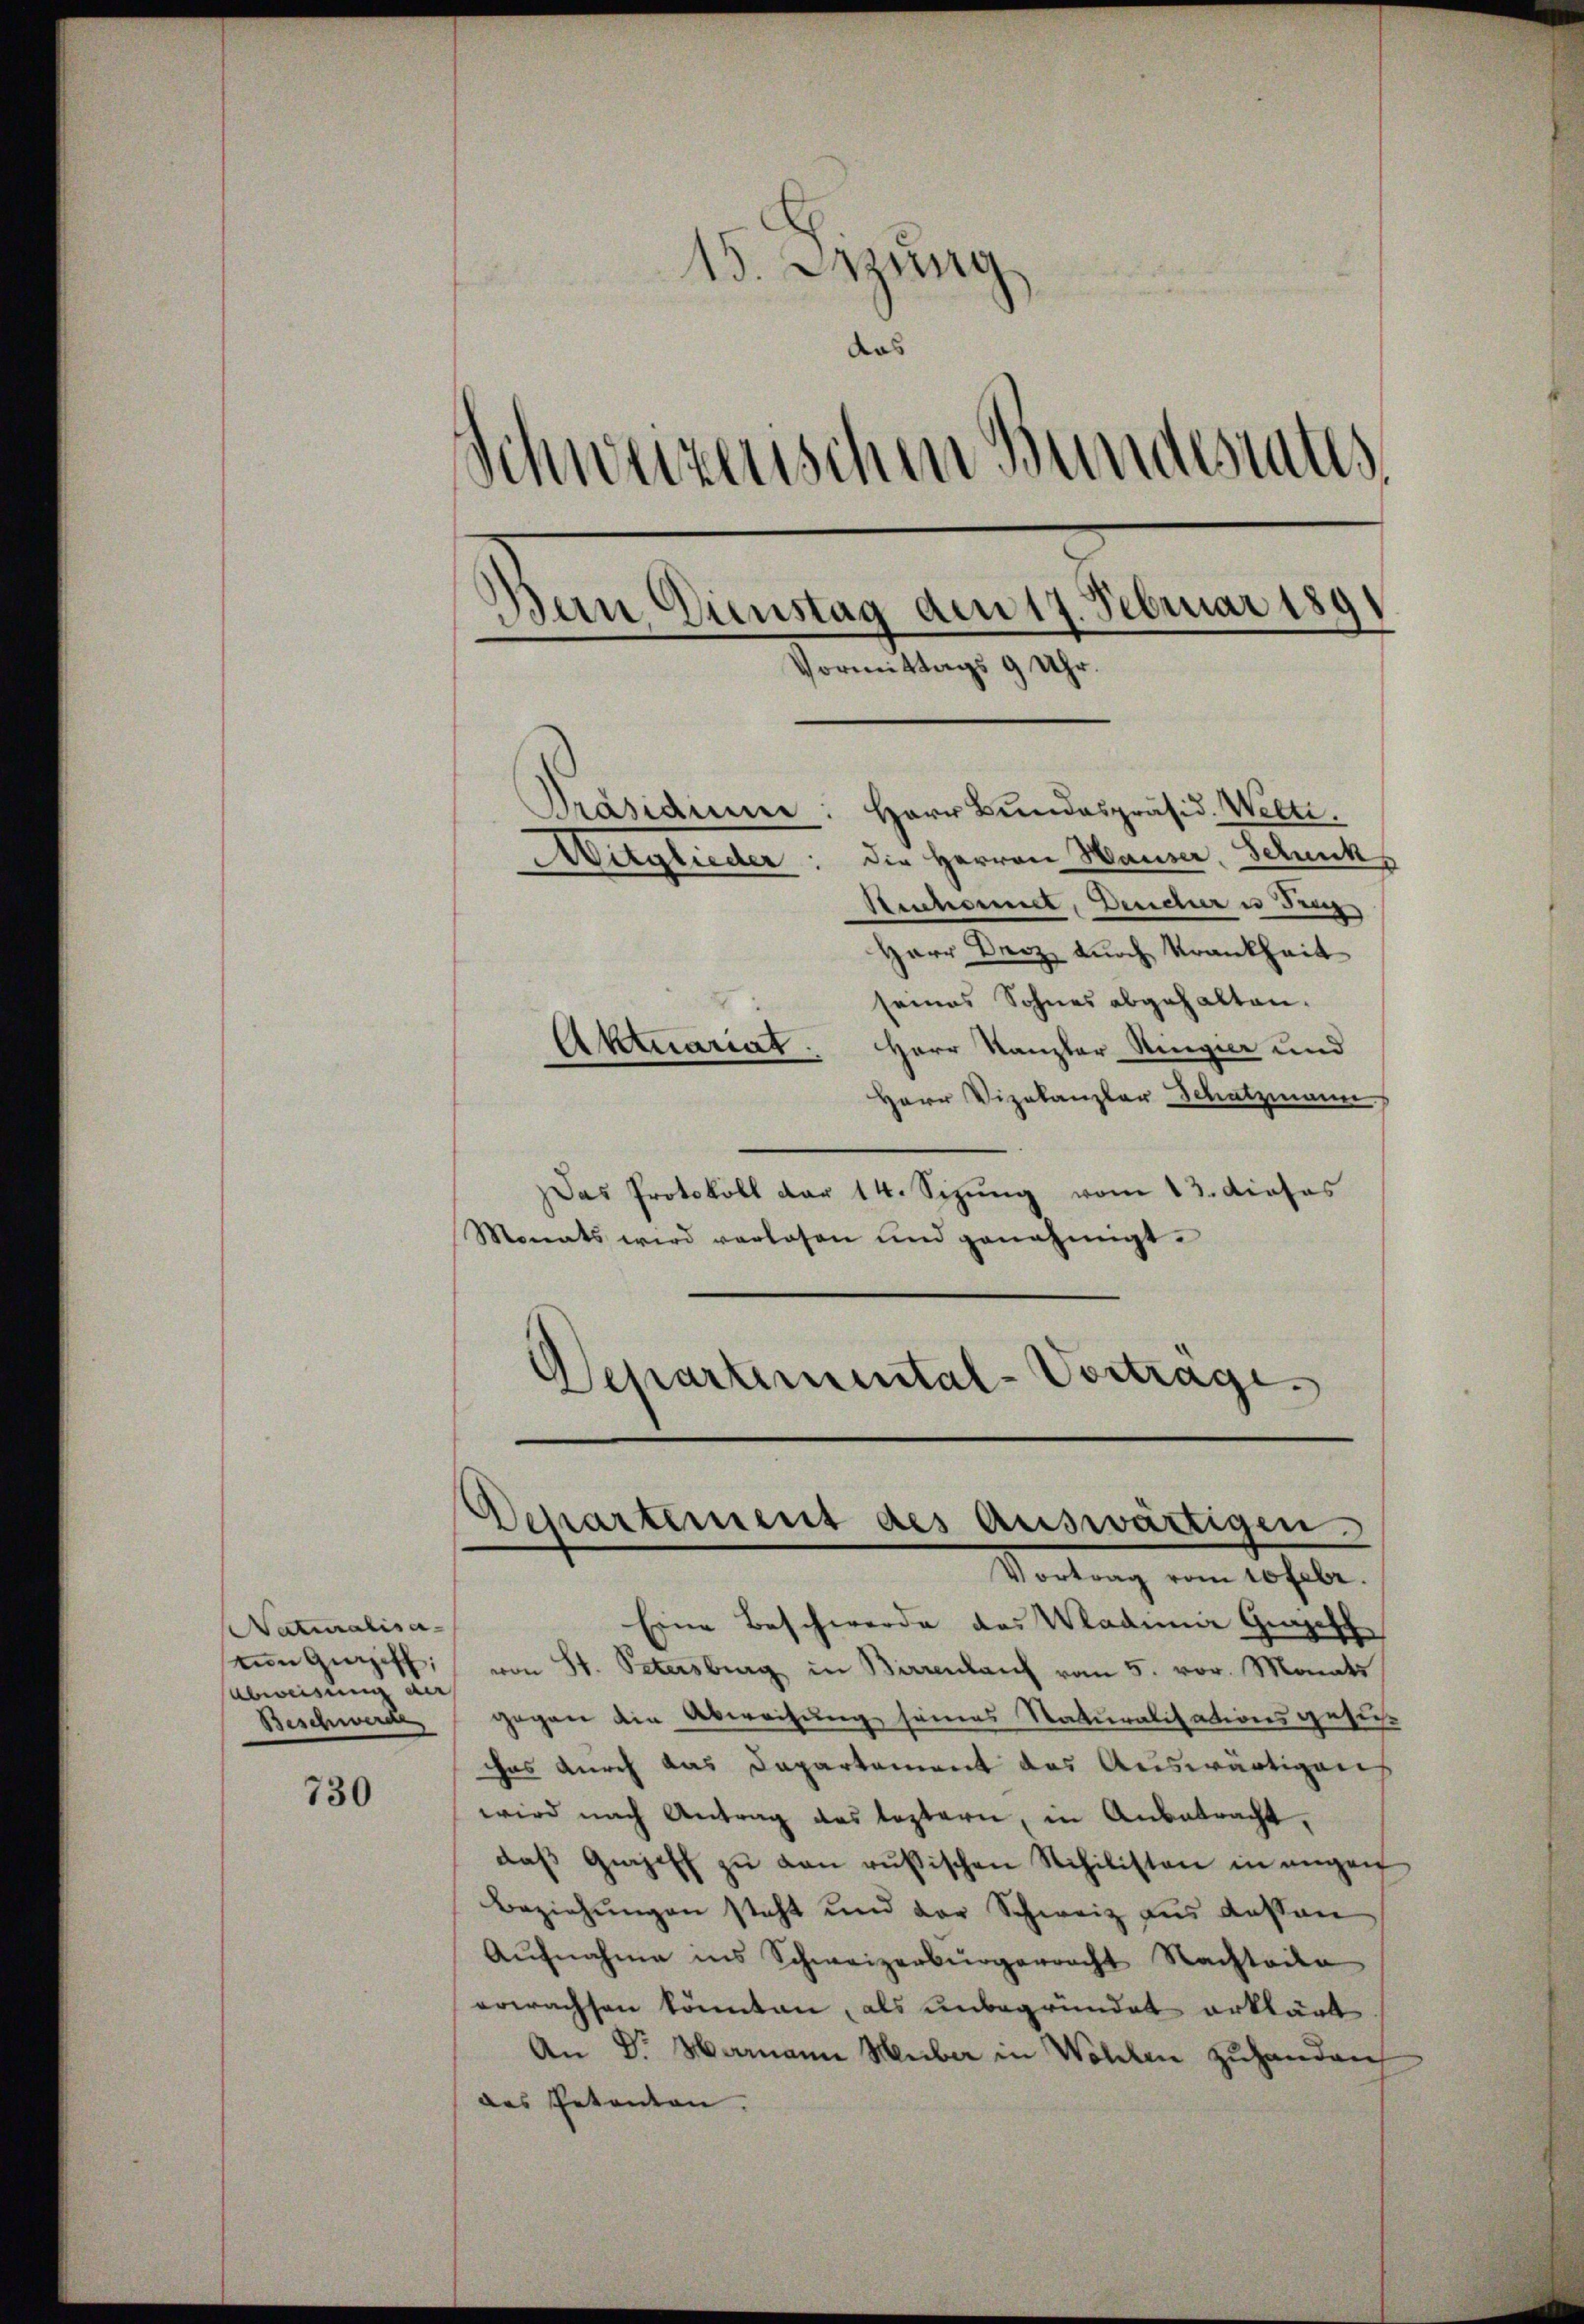
Naturalisa-
vion Girziff;
abweisung der
Beschwerd

730

15. Dezun
das
Schweizerischen Bundesrates
Dein Dienstag am 17. Februar 181
Vormittags 9 Uhr
d
Präsidium: Herr Bundespräsid. Welti.
Die Herren Hauser. Schnik
Hegliche
Sucheret, Deucher u dich
Herr Herz, durch Krankheit

seines Sohnes abgehalten.
Herr Kanzler Ringier und
Herr Vizekanzler Schatzmann
Das Protokoll der 14. Sizung vom 13. dieses
Monats wird verlesen und genehmigt.
Departemental-Vortrage

Aktuariat

Departement des Auswärtigen.
Vortrag vom 10 Febr.

Eine Beschwerde des Wadinie Geset
von St. Petersburg in Birrenlauf vom 5. vor. Monats
gegen die Abweisung seines Naturalisationsgesuch
cas durch das Departement des Auswärtigen
wird nach Antrag das leztern, in Anbetracht,
daβ Geiseff zu von russischen Schilisten in angen
Beziehungen steht und der Schweiz aus dessen
Aŭfnahme ins Schweizerbürgerrecht Nachteile
erwachsen könnten, als unbegründet erklärt
An Dr. Hammann Huber in Wohlen zuhanden,
des Petenten.